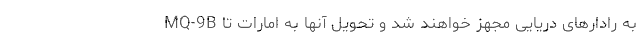
MQ-9B به رادارهای دریایی مجهز خواهند شد و تحویل آنها به امارات تا